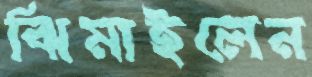
ঝিমাইলেন